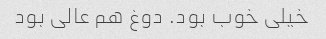
خیلی خوب بود. دوغ هم عالی بود